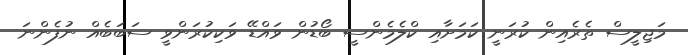
މަޖިލީސް ތެރެއިން ކުރަނީ ކަމަށާއި ކްލެމެންސީ ބޯޑުން ވައްޑޭ ވަކިކުރަންވީ ސަބަބެއް ނުފެންނަ